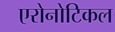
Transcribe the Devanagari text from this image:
एरोनोटिकल